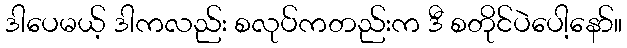
ဒါပေမယ့် ဒါကလည်း စလုပ်ကတည်းက ဒီ စတိုင်ပဲပေါ့နော်။